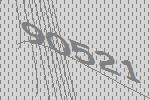
90521